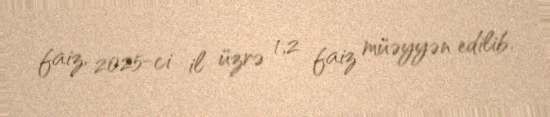
faiz, 2025-ci il üzrə 1,2 faiz müəyyən edilib.